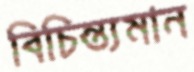
বিচিন্ত্যমান